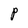
Character: P